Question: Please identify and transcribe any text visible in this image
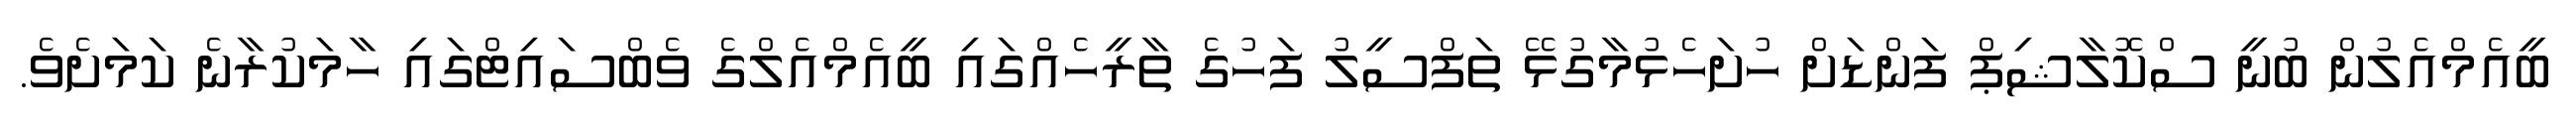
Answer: ބީއެމްއެލުން ބުނީ ސްކޮލާޝިޕް ފަންޑަށް ހުށަހެޅުމާގުޅޭ ތަފްސީލު ފަހުގެ ތާރީހެއްގައި ބީއެމްއެލްގެ ވެބްސައިޓްގައި ހާމަކުރާނެ ކަމަށެވެ.